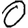
Digit: 0